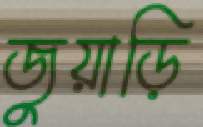
জুয়াড়ি